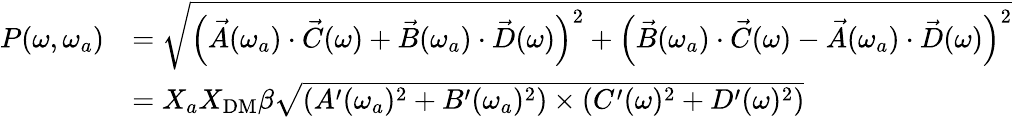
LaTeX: \begin{array}{rl}{P(\omega,\omega_{a})}&{=\sqrt{\left(\vec{A}(\omega_{a})\cdot\vec{C}(\omega)+\vec{B}(\omega_{a})\cdot\vec{D}(\omega)\right)^{2}+{\left(\vec{B}(\omega_{a})\cdot\vec{C}(\omega)-\vec{A}(\omega_{a})\cdot\vec{D}(\omega)\right)^{2}}}\, }\\ &{=X_{a}X_{\mathrm{DM}}\beta\sqrt{\left(A^{\prime}(\omega_{a})^{2}+B^{\prime}(\omega_{a})^{2}\right)\times\left(C^{\prime}(\omega)^{2}+D^{\prime}(\omega)^{2}\right)}}\end{array}